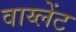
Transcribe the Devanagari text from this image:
वाय्लेंट